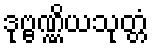
ဒုဗ္ဗဏ္ဏိယသုတ္တံ